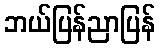
ဘယ်ပြန်ညာပြန်